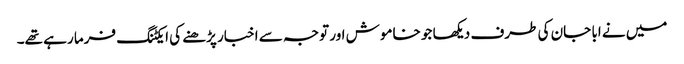
میں نے ابا جان کی طرف دیکھا جو خاموش اور توجہ سے اخبار پڑھنے کی ایکٹنگ فرما رہے تھے۔